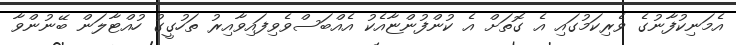
އެމަނިކުފާނުގެ ވެރިކަމުގައި އެ ގޮތަށް އެ ކުންފުންޏާއެކު އެއްބަސްވެވިފައިވާއިރު ތަހުގީގު ހުއްޓާލަން ބޭނުންވާ